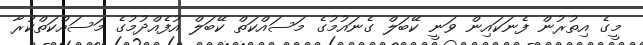
މީގެ އިތުރުން ފެނަކައިން ވަނީ ކޭބަލް ގެނައުމުގެ މަސައްކަތް ކޭބަލް އުފެއްދުމުގެ މަސައްކަތްކުރާ